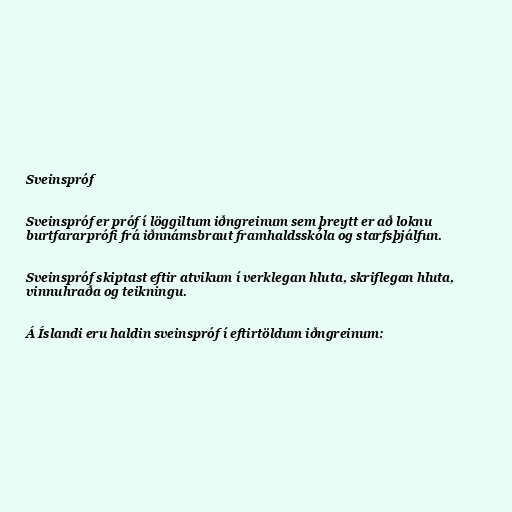
Sveinspróf

Sveinspróf er próf í löggiltum iðngreinum sem þreytt er að loknu
burtfararprófi frá iðnnámsbraut framhaldsskóla og starfsþjálfun.

Sveinspróf skiptast eftir atvikum í verklegan hluta, skriflegan hluta,
vinnuhraða og teikningu.

Á Íslandi eru haldin sveinspróf í eftirtöldum iðngreinum: